Medical and sanitary report of the native army of Bengal for the year
Year: 1876
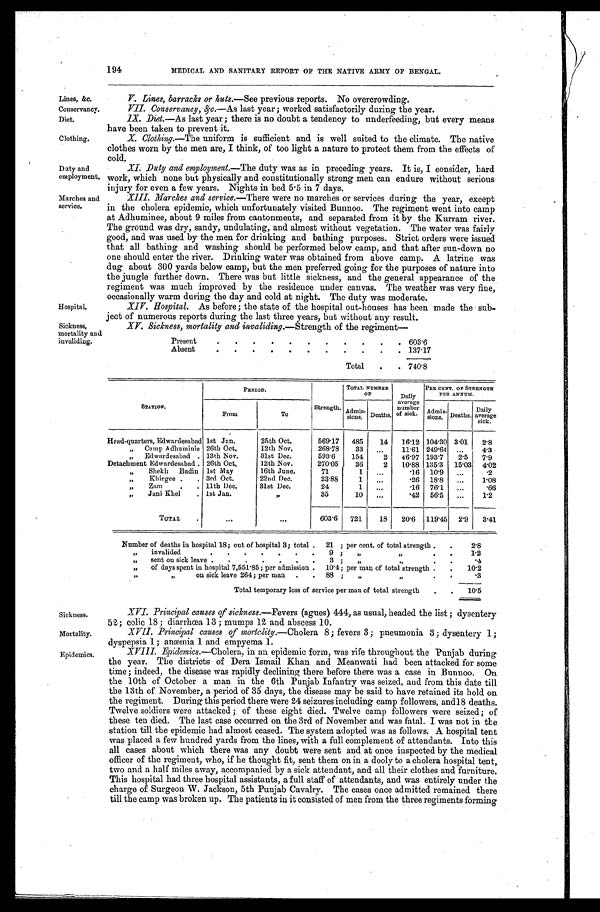
Duty and
employment.
Marches and
service.
Hospital.
Sickness,
mortality and
invaliding.
Sickness.
Mortality.
Epidemics.
194
MEDICAL AND SANITARY REPORT OF THE NATIVE ARMY OF BENGAL.
Lines, &c.
Conservancy.
V. Lines, barracks or huts. —See previous reports. No overcrowding.
VII. Conservancy, &c. —As last year; worked satisfactorily during the year.
Diet.
IX. Diet.—As last year; there is no doubt a tendency to underfeeding, but every means
have been taken to prevent it.
Clothing.
X. Clothing.—The uni f or m i s s uf f i ci ent and i s wel l s ui t ed t o t he cl i mat e. The nat i ve
clothes worn by the men are, I think, of too light a nature to protect them from the effects of
cold.
XI. Duty and employment.—The duty was as in preceding years. It is, I consider, hard
work, which none but physically and constitutionally strong men can endure without serious
inury for even a few years. Nights in bed 5.5 in 7 days.
XIII. Marches and service.—There were no marches or services during the year, except
in the cholera epidemic, which unfortunately visited Bunnoo. The regiment went into camp
at Adhuminee, about 9 miles from cantonments, and separated from it by the Kurram river.
The ground was dry, sandy, undulating, and almost without vegetation. The water was fairly
good, and was used by the men for drinking and bathing purposes. Strict orders were issued
that all bathing and washing should be performed below camp, and that after sun-down no
one should enter the river. Drinking water was obtained from above camp. A latrine was
dug about 300 yards below camp, but the men preferred going for the purposes of nature into
the jungle further down. There was but little sickness, and the general appearance of the
regiment was much improved by the residence under canvas. The weather was very fine,
occasionally warm during the day and cold at night. The duty was moderate.
XIV. Hospital. As before; the state of the hospital out-houses has been made the sub
-ject of numerous reports during the last three years, but without any result.
XV. Sickness, mortality and invaliding.—Strength of the regiment—
Present
603.6
Absent
137.17
Total 740.8
STATION.
PERIOD.
Strength.
TOTAL NUMBER
OF
Daily
average
number
of sick.
PER CENT. OF STRENGTH
PER ANNUM.
From
To
Admis- sions. Deaths.
Admis-
sions. Deaths. Daily
average sick.
Head-quarters, Edwardesabad 1st Jan.
25th Oct.
569.17 485 14 16.12 104.30 3.01 2.8
„ C a m p A d h u m i n i e 26th Oct.
12th Nov.
268.78 33
11.61 249.64
4.3
„ Edwardesabad 13th Nov.
31st Dec.
593.6 154
2 46.97 193.7 2.5 7.9
Detachment Edwardesabad 26th Oct.
12th Nov.
270.05 36
2 10.88 135.3 15.03 4 . 0 2
„ Shekh Budin 1st May
16th June.
71
1
.16 10.9
.2
„ Khirgee
3rd Oct.
22nd Dec.
23.88
1
.26 18.8
1.08
„ Zam
11th Dec.
31st Dec.
24
1
.16 76.1
.66
„ Jani Khel
1st Jan.
„
35
10
.42 56.5
1 . 2
TOTAL
603.6 721 18 20.6 119.45 2.9 3.41
Number of deaths in hospital 18; out of hospital 3; total 21; per cent. of total strength
2.8
„ invalided
9 „ „ 1.2
„ sent on sick leave
3; „ „ .4
„ of days spent in hospital 7,551.85; per admission 10.4; per man of total strength 1 0 . 2
„ „ on sick leave 264; per man
88; „ „
.3
Total temporary loss of service per man of total strength
1 0 . 5
XVIII. Epidemics.—Cholera, in an epidemic form, was rife throughout the Punjab during
the year. The districts of Dera Ismail Khan and Meanwati had been attacked for some
time; indeed, the disease was rapidly declining there before there was a case in Bunnoo. On
the 10th of October a man in the 6th Punjab Infantry was seized, and from this date till
the 13th of November, a period of 35 days, the disease may be said to have retained its hold on
the regiment. During this period there were 24 seizures including camp followers, and 18 deaths.
Twelve soldiers were attacked; of these eight died. Twelve camp followers were seized; of
these ten died. The last case occurred on the 3rd of November and was fatal. I was not in the
station till the epidemic had almost ceased. The system adopted was as follows. A hospital tent
was placed a few hundred yards from the lines, with a full complement of attendants. Into this
all cases about which there was any doubt were sent and at once inspected by the medical
officer of the regiment, who, if he thought fit, sent them on in a dooly to a cholera hospital tent,
two and a half miles away, accompanied by a sick attendant, and all their clothes and furniture.
This hospital had three hospital assistants, a full staff of attendants, and was entirely under the
charge of Surgeon W. Jackson, 5th Punjab Cavalry. The cases once admitted remained there
till the camp was broken up. The patients in it consisted of men from the three regiments forming
XVI. Principal causes of sickness. —Fevers (agues) 444, as usual, headed the list; dysentery
52; colic 18; diarrhœa 13; mumps 12 and abscess 10.
XVII. Principal causes of mortality.—Cholera 8; fevers 3; pneumonia 3; dysentery 1;
dyspepsia 1; anæmia 1 and empyema 1.